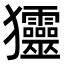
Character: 𤣤